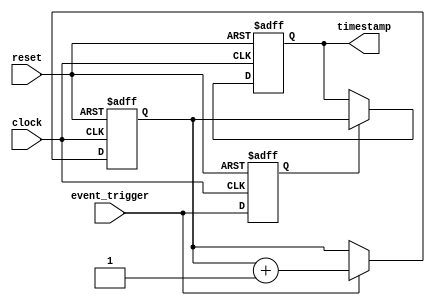
module time_stamping_timer (
    input event_trigger,
    input clock,
    input reset,
    output reg [31:0] timestamp
);

reg [31:0] timer;
reg event_detected;

always @(posedge clock or posedge reset) begin
    if (reset)
        timer <= 32'd0;
    else if (event_trigger)
        timer <= timer + 1;
end

always @(posedge clock or posedge reset) begin
    if (reset)
        event_detected <= 1'b0;
    else
        event_detected <= event_trigger;
end

always @(posedge clock or posedge reset) begin
    if (reset)
        timestamp <= 32'd0;
    else if (event_detected)
        timestamp <= timer;
end

endmodule